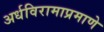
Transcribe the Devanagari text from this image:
अर्धविरामाप्रमाणे